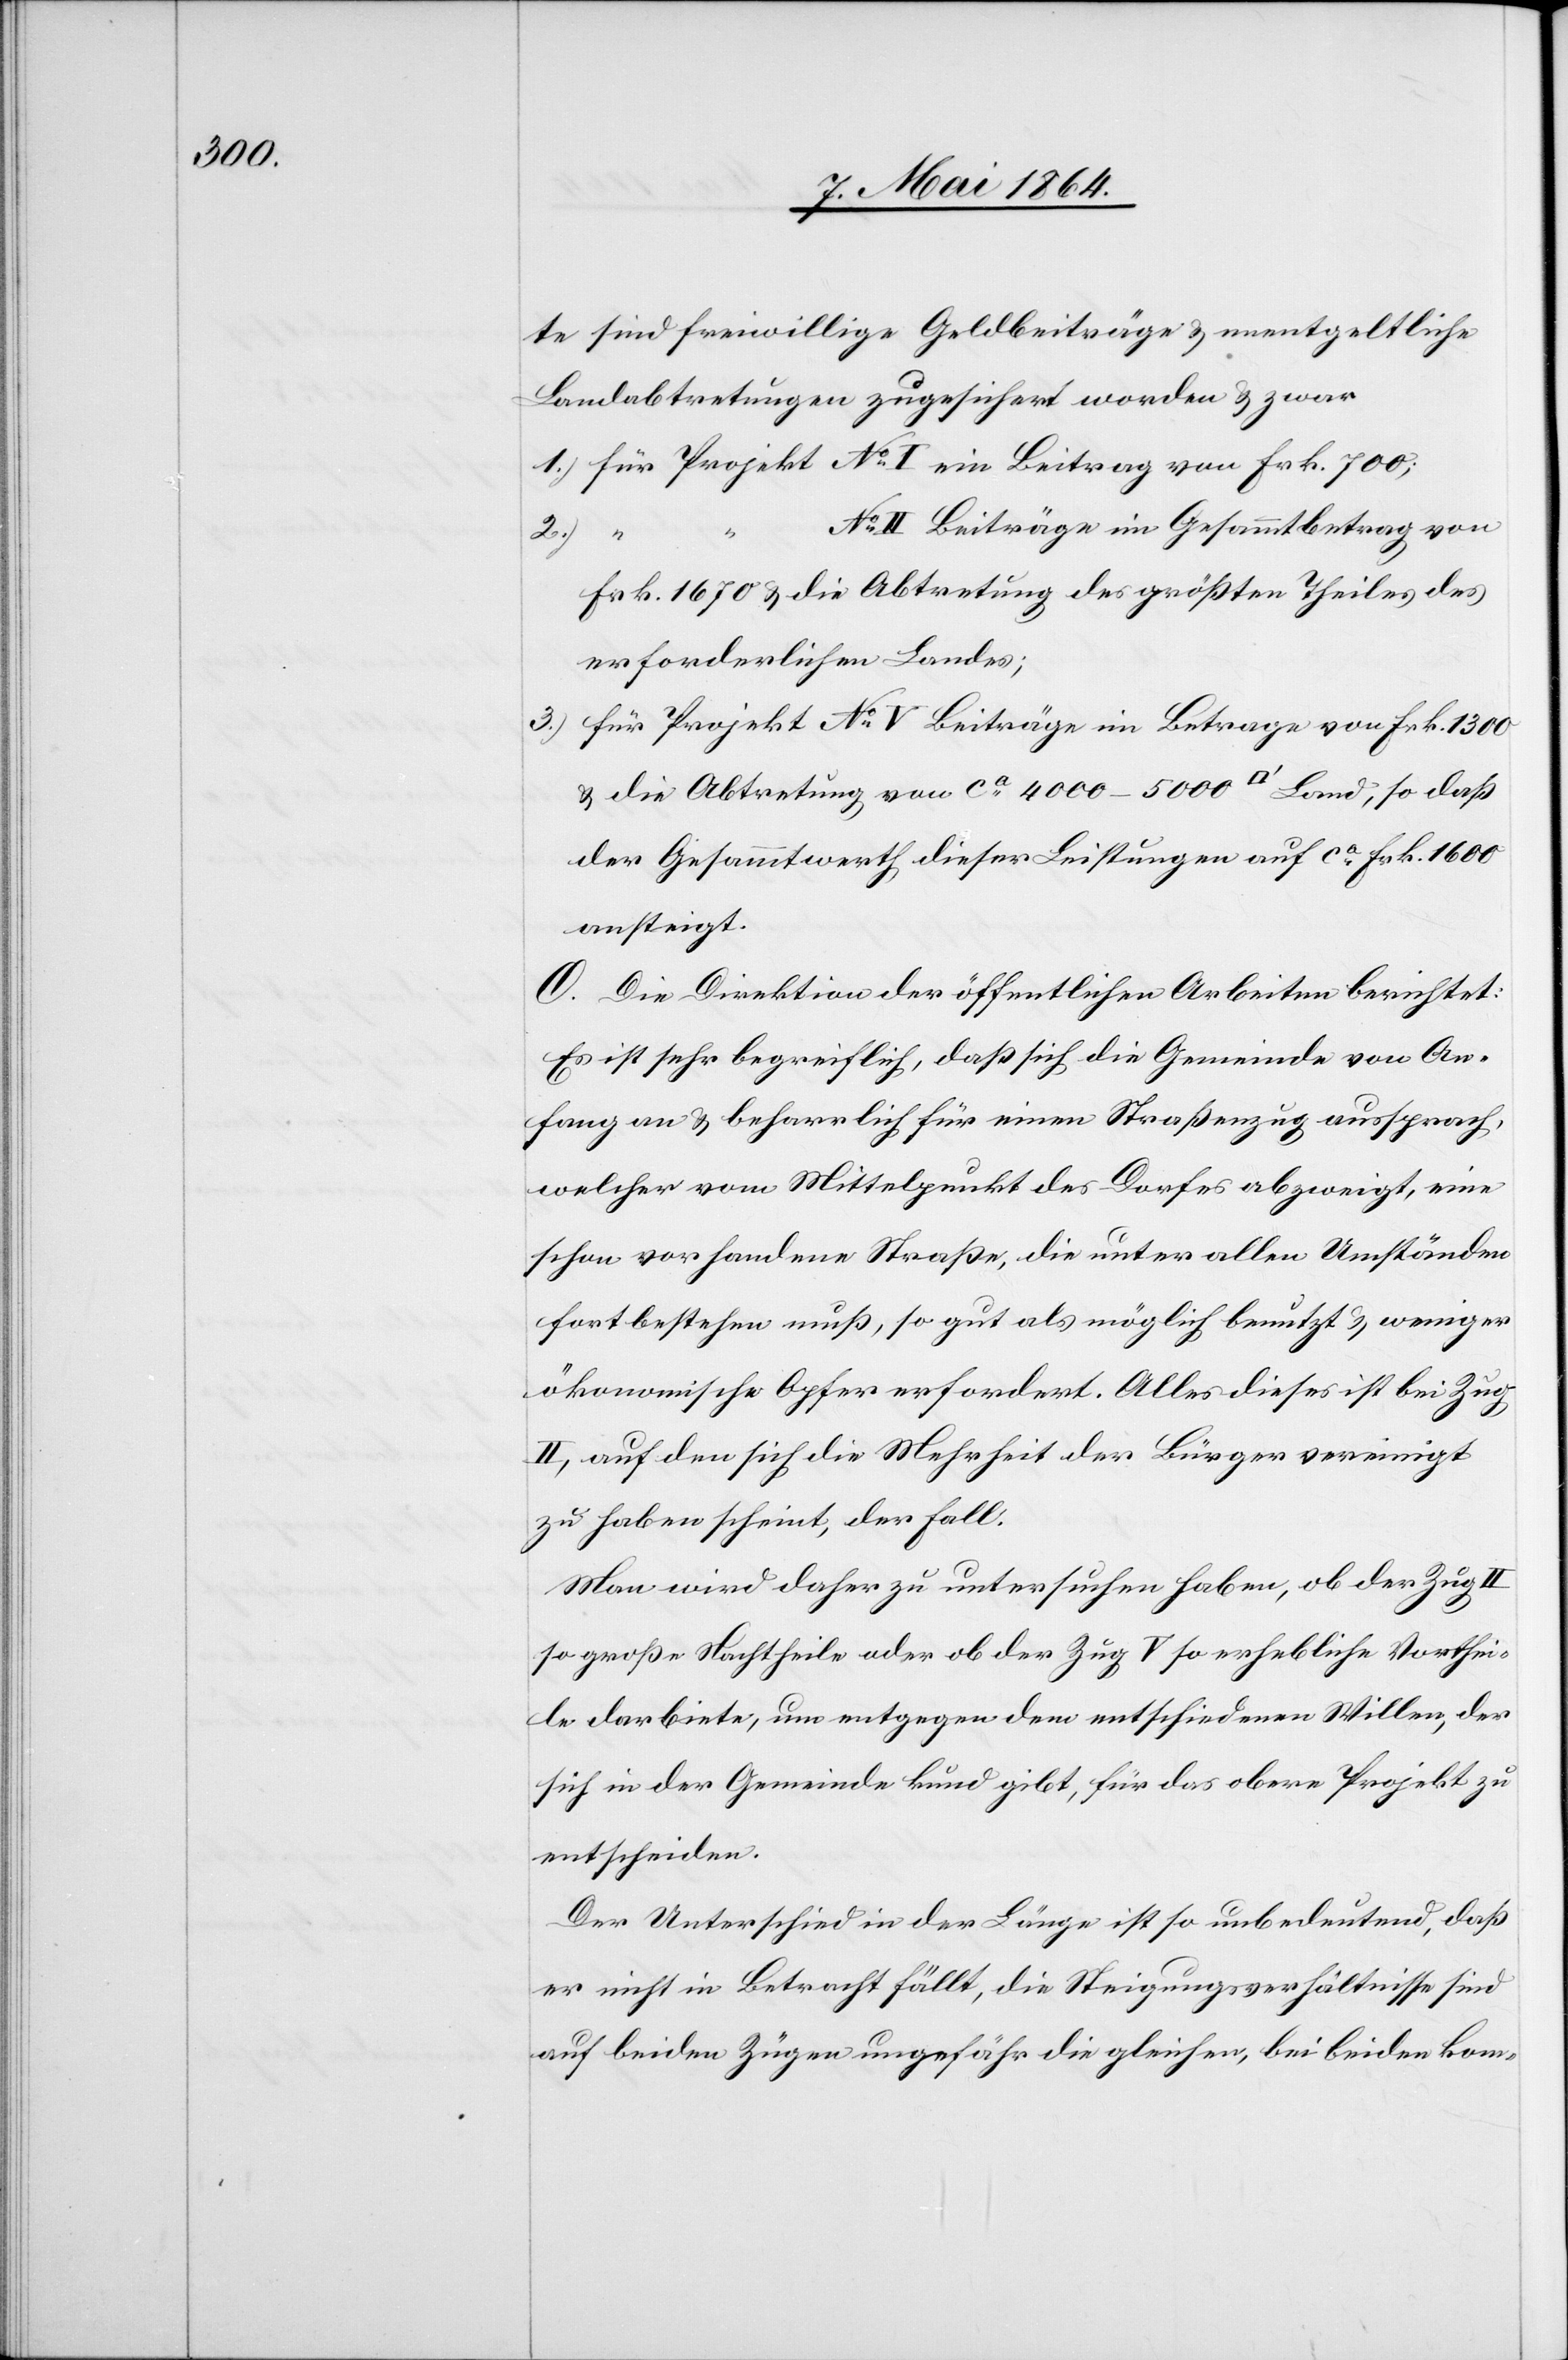
te sind freiwillige Geldbeiträge u. unentgeltliche
Landabtretungen zugesichert worden u. zwar
1.) für Projekt	No I ein Beitrag von Frk. 700;
II Beiträge im Gesammtbetrag von
Frk. 1670 u. die Abtretung des größten Theiles des
erforderlichen Landes;
3.) für Projekt No V Beiträge im Betrage von Frk. 1300
u. die Abtretung von ca 4000–5000 [Quadratfuss] Land, so daß
der Gesammtwerth dieser Leistungen auf ca Frk. 1600
ansteigt.
O. Die Direktion der öffentlichen Arbeiten berichtet:
Es ist sehr begreiflich, daß sich die Gemeinde von An¬
fang an u. beharrlich für einen Straßenzug aussprach,
welcher vom Mittelpunkt des Dorfes abzweigt, eine
schon vorhandene Straße, die unter allen Umständen
fortbestehen muß, so gut als möglich benutzt u. weniger
ökonomische Opfer erfordert. Alles dieses ist bei Zug
II, auf den sich die Mehrheit der Bürger vereinigt
zu haben scheint, der Fall.
Man wird daher zu untersuchen haben, ob der Zug
so große Nachtheile oder ob der Zug V so erhebliche Vorthei¬
le darbiete, um entgegen dem entschiedenen Willen, der
sich in der Gemeinde kund gibt für das obere Projekt zu
entscheiden.
Der Unterschied in der Länge ist so unbedeutend, daß
er nicht in Betracht fällt, die Steigungsverhältnisse sind
auf beiden Zügen ungefähr die gleichen, bei beiden kom-